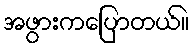
အဖွားကပြောတယ်။